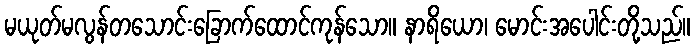
မယုတ်မလွန်တသောင်းခြောက်ထောင်ကုန်သော။ နာရိယော၊ မောင်းအပေါင်းတို့သည်။